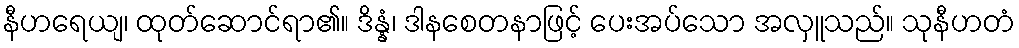
နီဟရေယျ၊ ထုတ်ဆောင်ရာ၏။ ဒိန္နံ၊ ဒါနစေတနာဖြင့် ပေးအပ်သော အလှူသည်။ သုနီဟတံ